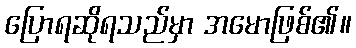
ပြောရဆိုရသည်မှာ အမောဖြစ်၏။